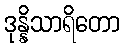
ဒုန္နိသာရိတော